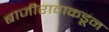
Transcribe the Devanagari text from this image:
बाजीरावाकडून